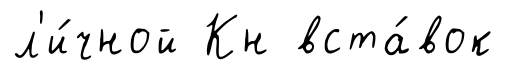
л'и́чной Кн вста́вок